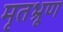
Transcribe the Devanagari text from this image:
मृतभ्रूण